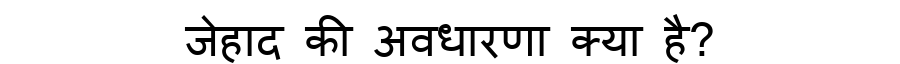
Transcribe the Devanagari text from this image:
जेहाद की अवधारणा क्या है?